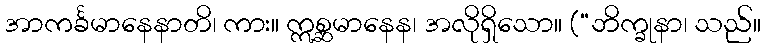
အာကင်္ခမာနေနာတိ၊ ကား။ ဣစ္ဆမာနေန၊ အလိုရှိသော။ (“ဘိက္ခုနာ၊ သည်။